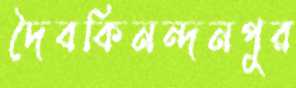
দৈবকিনন্দনপুর